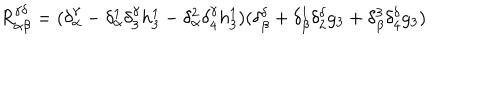
LaTeX: R _ { \alpha \beta } ^ { \gamma \delta } = ( \delta _ { \alpha } ^ { \gamma } - \delta _ { \alpha } ^ { 1 } \delta _ { 3 } ^ { \gamma } h _ { 3 } ^ { 1 } - \delta _ { \alpha } ^ { 2 } \delta _ { 4 } ^ { \gamma } h _ { 3 } ^ { 1 } ) ( \delta _ { \beta } ^ { \delta } + \delta _ { \beta } ^ { 1 } \delta _ { 2 } ^ { \delta } g _ { 3 } + \delta _ { \beta } ^ { 3 } \delta _ { 4 } ^ { \delta } g _ { 3 } )